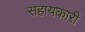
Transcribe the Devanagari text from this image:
सहायकारी